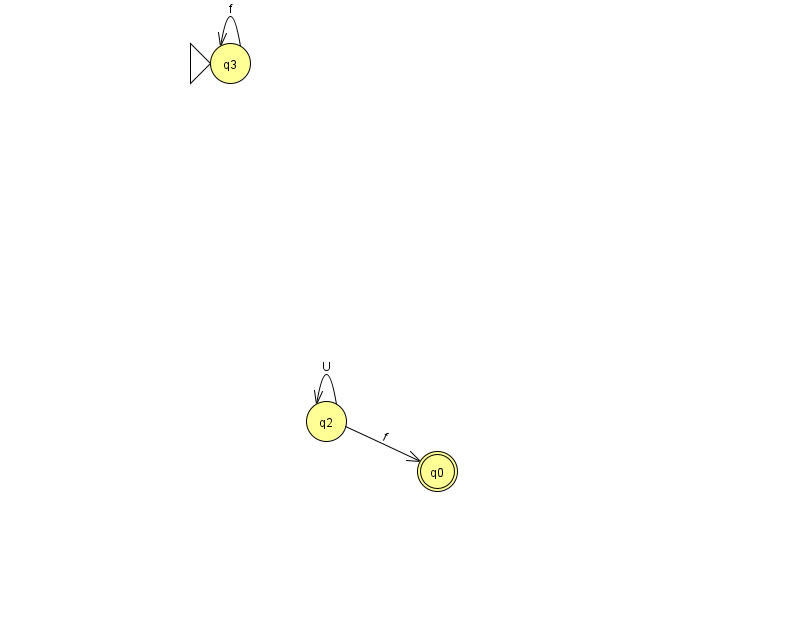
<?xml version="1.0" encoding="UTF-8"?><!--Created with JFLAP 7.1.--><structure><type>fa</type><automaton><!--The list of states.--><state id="0" name="q0"><x>437.0</x><y>458.0</y><final/></state><state id="2" name="q2"><x>326.0</x><y>408.0</y></state><state id="3" name="q3"><x>230.0</x><y>50.0</y><initial/></state><!--The list of transitions.--><transition><from>2</from><to>2</to><read>U</read></transition><transition><from>3</from><to>3</to><read>f</read></transition><transition><from>2</from><to>0</to><read>f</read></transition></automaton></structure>